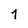
Character: y